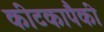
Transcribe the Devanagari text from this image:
कीटकापैकी